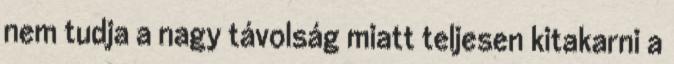
nem tudja a nagy távolság miatt teljesen kitakarni a